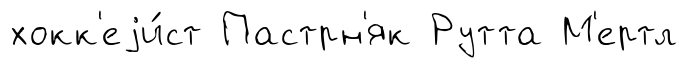
хокк'еjи́ст Пастрн'як Рутта М'ертл